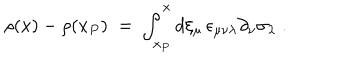
\rho ( x ) - \rho ( x _ { P } ) \; = \; \int _ { x _ { P } } ^ { x } d \xi _ { \mu } \, \epsilon _ { \mu \nu \lambda } \partial _ { \nu } \sigma _ { \lambda } \; .